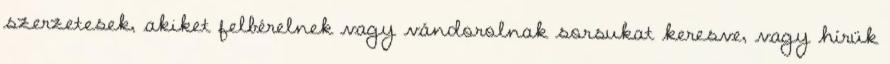
szerzetesek, akiket felbérelnek vagy vándorolnak sorsukat keresve, vagy hírük